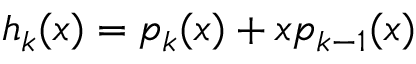
h _ { k } ( x ) = p _ { k } ( x ) + x p _ { k - 1 } ( x )